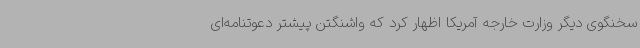
سخنگوی دیگر وزارت خارجه آمریکا اظهار کرد که واشنگتن پیشتر دعوتنامه‌ای